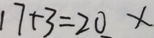
1 7 + 3 = 2 0 x